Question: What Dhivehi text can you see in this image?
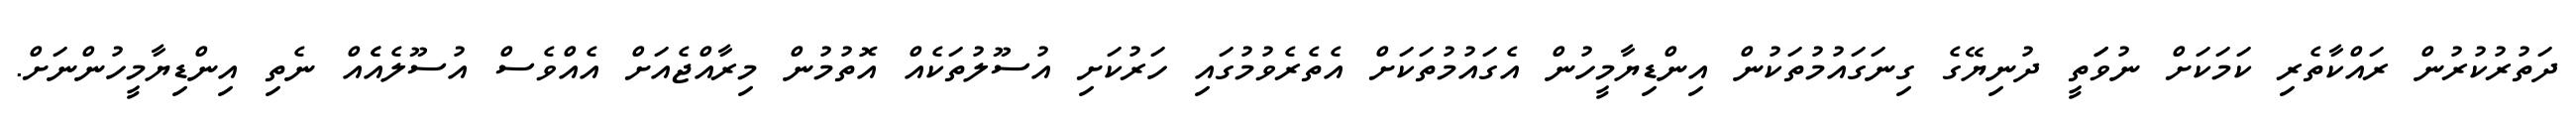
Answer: ދަތުރުކުރުން ރައްކާތެރި ކަމަކަށް ނުވަަތީ ދުނިޔޭގެ ގިނަގައުމުތަކުން އިންޑިޔާމީހުން އެގައުމުތަކަށް އެތެރެވުމުގައި ހަރުކަށި އުސޫލުތަކެއް އޮތުމުން މިރާއްޖެއަށް އެއްވެސް އުސޫލެއެެއް ނެތި އިންޑިޔާމީހުންނަށް.